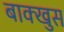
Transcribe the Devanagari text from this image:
बाक्खुस